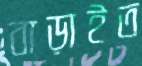
বাড়াইত